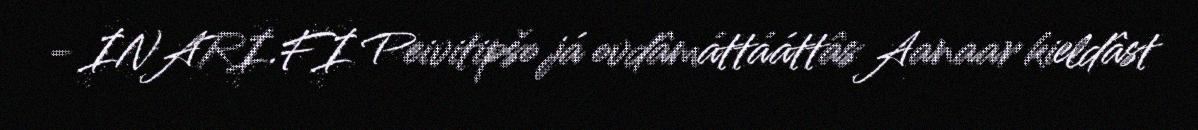
- INARI.FI Peivitipšo já ovdâmáttááttâs Aanaar kieldâst